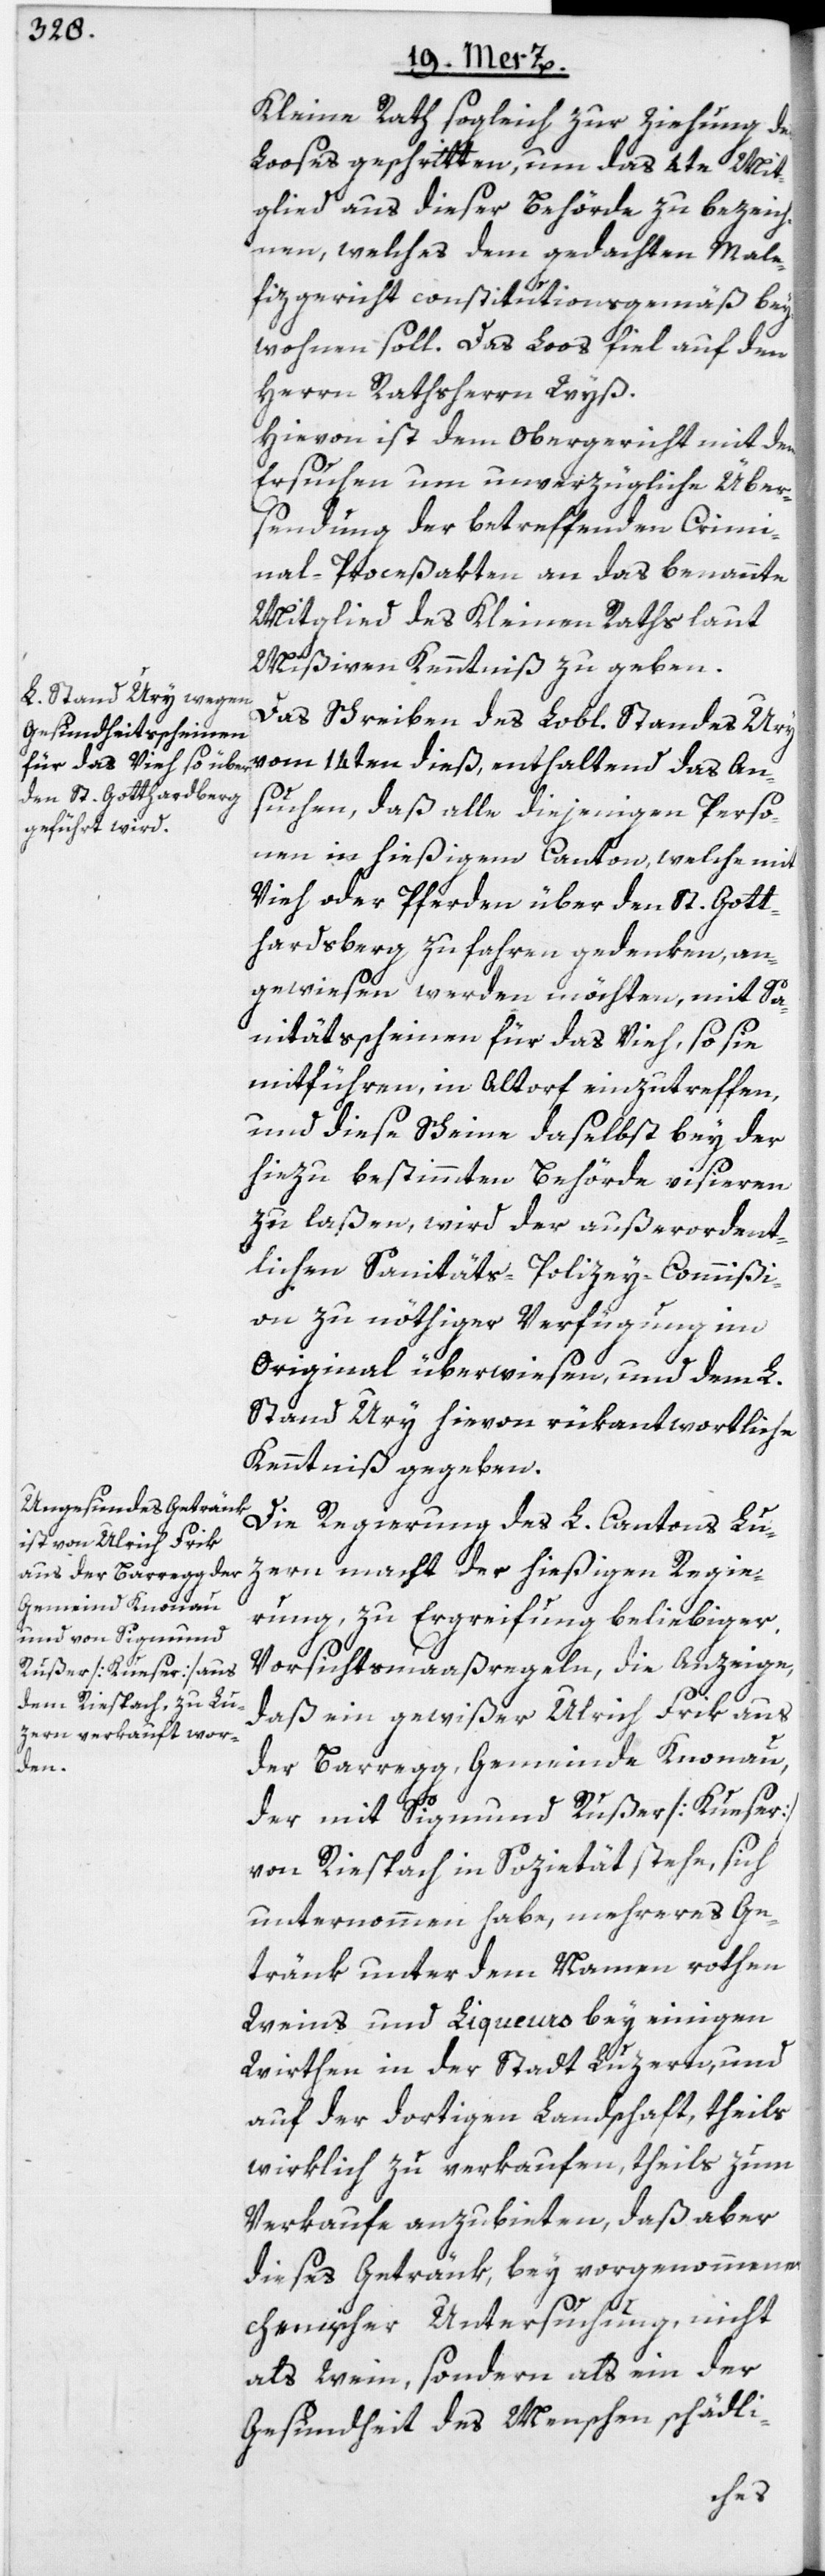
Kleine Rath sogleich zur Ziehung des
Looses geschritten, um das 4te Mit¬
glied aus dieser Behörde zu bezeich¬
nen, welches dem gedachten Male¬
fizgericht constitutionsgemäß bey¬
wohnen soll. Das Loos fiel auf den
Herrn Rathsherrn Wyß.
Hievon ist dem Obergericht mit dem
Ersuchen um unverzügliche Über¬
sendung der betreffenden Crimi¬
nal-Proceßakten an das benannte
Mitglied des Kleinen Raths laut
Mißiven Kenntniß zu geben.
Das Schreiben des Lobl. Standes Ury
vom 14ten dieß, enthaltend das An¬
suchen, daß alle diejenigen Perso¬
nen in hießigem Canton, welche mit
Vieh oder Pferden über den St. Gott¬
hardsberg zu fahren gedenken, an¬
gewiesen werden möchten, mit Sa¬
nitätsscheinen für das Vieh, so sie
mitführen, in Altorf einzutreffen,
und diese Scheine daselbst bey der
hiezu bestimmten Behörde visieren
zu laßen, wird der außerordent¬
lichen Sanitäts-Polizey-Commißi¬
on zu nöthiger Verfügung im
Original überwiesen, und dem L.
Stand Ury hievon rükantwortliche
Kenntniß gegeben.
Die Regierung des L. Cantons Lu¬
zern macht der hießigen Regie¬
rung, zu Ergreifung beliebiger
Vorsichtsmaaßregeln, die Anzeige,
daß ein gewißer Ulrich Frik aus
der Barregg, Gemeinde Knonau,
der mit Sigmund Rußer [Kueser]
von Riespach in Sozietät stehe, sich
unternommen habe, mehreres Ge¬
tränk unter dem Namen rothen
Weins und Liqueurs bey einigen
Wirthen in der Stadt Luzern, und
auf der dortigen Landschaft, theils
wirklich zu verkaufen, theils zum
Verkaufe anzubieten, daß aber
dieses Getränk, bey vorgenommener
chemischer Untersuchung, nicht
als Wein, sondern als ein der
Gesundheit des Menschen schädli-